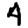
Digit: 4